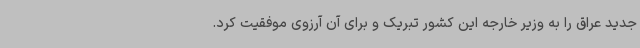
جدید عراق را به وزیر خارجه این کشور تبریک و برای آن آرزوی موفقیت کرد.